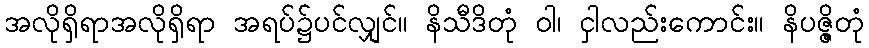
အလိုရှိရာအလိုရှိရာ အရပ်၌ပင်လျှင်။ နိသီဒိတုံ ဝါ၊ ငှါလည်းကောင်း။ နိပဇ္ဇိတုံ